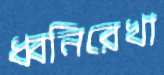
ধ্বনিরেখা